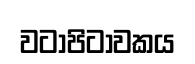
වටාපිටාවකය